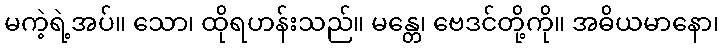
မကဲ့ရဲ့အပ်။ သော၊ ထိုရဟန်းသည်။ မန္တေ၊ ဗေဒင်တို့ကို။ အဓိယမာနော၊